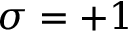
\sigma = + 1